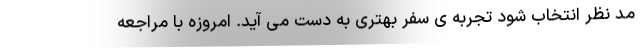
مد نظر انتخاب شود تجربه ی سفر بهتری به دست می آید. امروزه با مراجعه